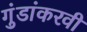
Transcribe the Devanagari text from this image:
गुंडांकरवी